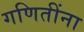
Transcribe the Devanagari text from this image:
गणितींना